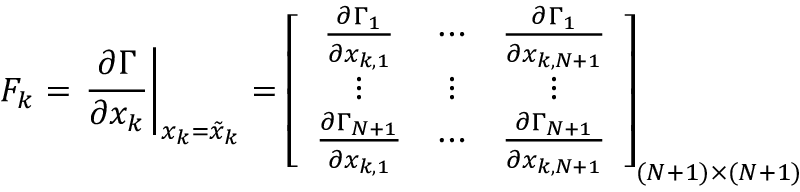
F _ { k } = \left. \frac { \partial \Gamma } { \partial x _ { k } } \right| _ { x _ { k } = \tilde { x } _ { k } } = \left[ \begin{array} { c c c } { \frac { \partial \Gamma _ { 1 } } { \partial x _ { k , 1 } } } & { \cdots } & { \frac { \partial \Gamma _ { 1 } } { \partial x _ { k , N + 1 } } } \\ { \vdots } & { \vdots } & { \vdots } \\ { \frac { \partial \Gamma _ { N + 1 } } { \partial x _ { k , 1 } } } & { \cdots } & { \frac { \partial \Gamma _ { N + 1 } } { \partial x _ { k , N + 1 } } } \end{array} \right] _ { ( N + 1 ) \times ( N + 1 ) }